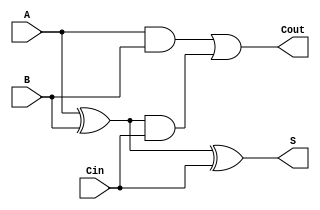
/*
 * Generated by Digital. Don't modify this file!
 * Any changes will be lost if this file is regenerated.
 */

module SumadorCompleto (
  input A,
  input B,
  input Cin,
  output Cout,
  output S
);
  wire s0;
  assign s0 = (A ^ B);
  assign Cout = ((A & B) | (s0 & Cin));
  assign S = (s0 ^ Cin);
endmodule

module Circuito_final (
  input Sign,
  output S0,
  output S1,
  output S2
);
  wire s3;
  wire s4;
  wire s5;
  wire s6;
  wire s7;
  assign s3 = (1'b0 ^ Sign);
  assign s5 = (1'b0 ^ Sign);
  assign s6 = (1'b0 ^ Sign);
  SumadorCompleto SumadorCompleto_i0 (
    .A( 1'b0 ),
    .B( s3 ),
    .Cin( Sign ),
    .Cout( s4 ),
    .S( S0 )
  );
  SumadorCompleto SumadorCompleto_i1 (
    .A( 1'b0 ),
    .B( s5 ),
    .Cin( s4 ),
    .Cout( s7 ),
    .S( S1 )
  );
  SumadorCompleto SumadorCompleto_i2 (
    .A( 1'b0 ),
    .B( s6 ),
    .Cin( s7 ),
    .S( S2 )
  );
endmodule